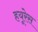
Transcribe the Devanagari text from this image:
हयूरेस